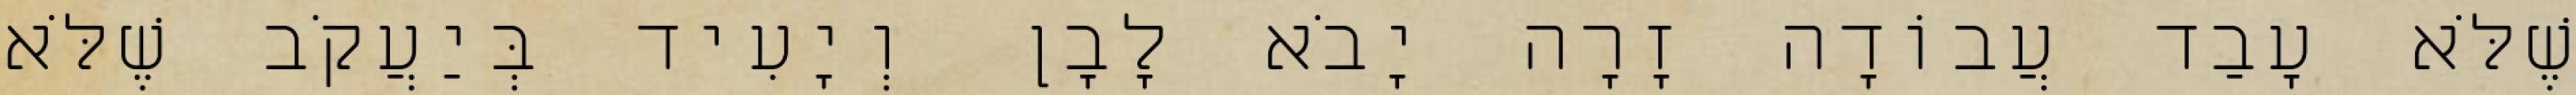
שֶׁלֹּא עָבַד עֲבוֹדָה זָרָה יָבֹא לָבָן וְיָעִיד בְּיַעֲקֹב שֶׁלֹּא